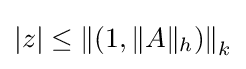
|z|\leq \left\|\left(1,\|A\|_{h}\right)\right\|_{k}